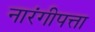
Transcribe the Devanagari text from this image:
नारंगीपत्ता